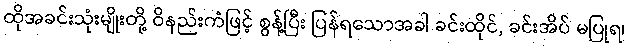
ထိုအခင်းသုံးမျိုးတို့ ဝိနည်းကံဖြင့် စွန့်ပြီး ပြန်ရသောအခါ ခင်းထိုင်, ခင်းအိပ် မပြုရ၊